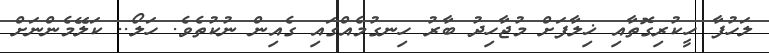
ލަހުފާ ހީކުރިގޮތާއި ޚިލާފަށް މުޖާހިދު ބާރު ހިނގުމެއްގައި ގެއިން ނުކުތެވެ. ހަލޯ.. ކަލޭމެންނަށް